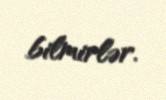
bilmirlər.